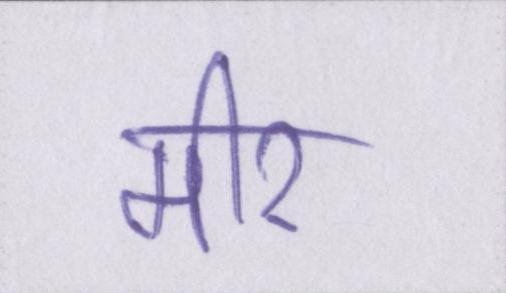
मीर